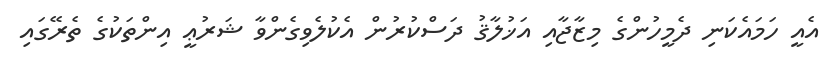
އެއީ ހަމައެކަނި ދެމީހުންގެ މިޒާޖާއި އަޚުލާޤު ދަސްކުރުން އެކުލެވިގެންވާ ޝަރުޢީ އިންތަކުގެ ތެރޭގައި